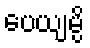
ပေယျမ္ပိ